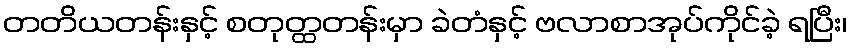
တတိယတန်းနှင့် စတုတ္ထတန်းမှာ ခဲတံနှင့် ဗလာစာအုပ်ကိုင်ခဲ့ ရပြီး၊